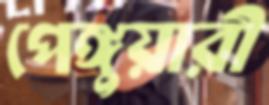
পেঙ্গুয়ারী